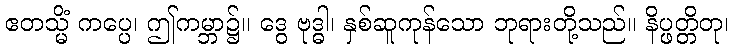
ဧတသ္မိံ ကပ္ပေ၊ ဤကမ္ဘာ၌။ ဒွေ ဗုဒ္ဓါ၊ နှစ်ဆူကုန်သော ဘုရားတို့သည်။ နိပ္ဖတ္တိတု၊